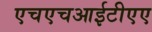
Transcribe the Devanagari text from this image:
एचएचआईटीएए